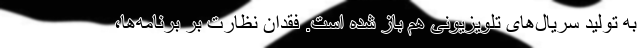
به تولید سریال‌های تلویزیونی هم باز شده است. فقدان نظارت بر برنامه‌ها،